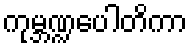
ကုမ္ဘဏ္ဍပေါတိကာ